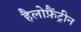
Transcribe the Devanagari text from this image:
हैलोफ़ैंट्रीन